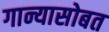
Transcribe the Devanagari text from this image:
गान्यासोबत